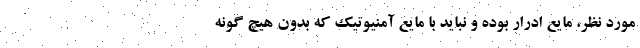
مورد نظر، مایع ادرار بوده و نباید با مایع آمنیوتیک که بدون هیچ گونه